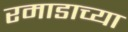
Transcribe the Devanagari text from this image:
रमाडाच्या